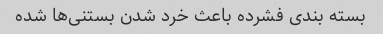
بسته بندی فشرده باعث خرد شدن بستنی‌ها شده